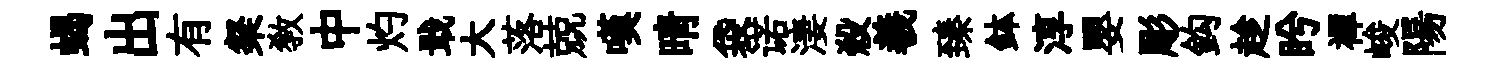
蝎出有粲教中灼戢大落兢嘆晴袋诺淒殺羲臻鉢淳嬰彫鈎趁盻襌峻陽